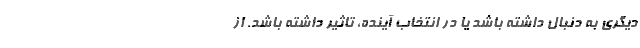
دیگری به دنبال داشته باشد یا در انتخاب آینده، تاثیر داشته باشد. از